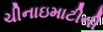
ચીનાઇમાટીની